Reports on dispensaries and lunatic asylums in the Province of Oudh - 1869-1876
Year: 1869
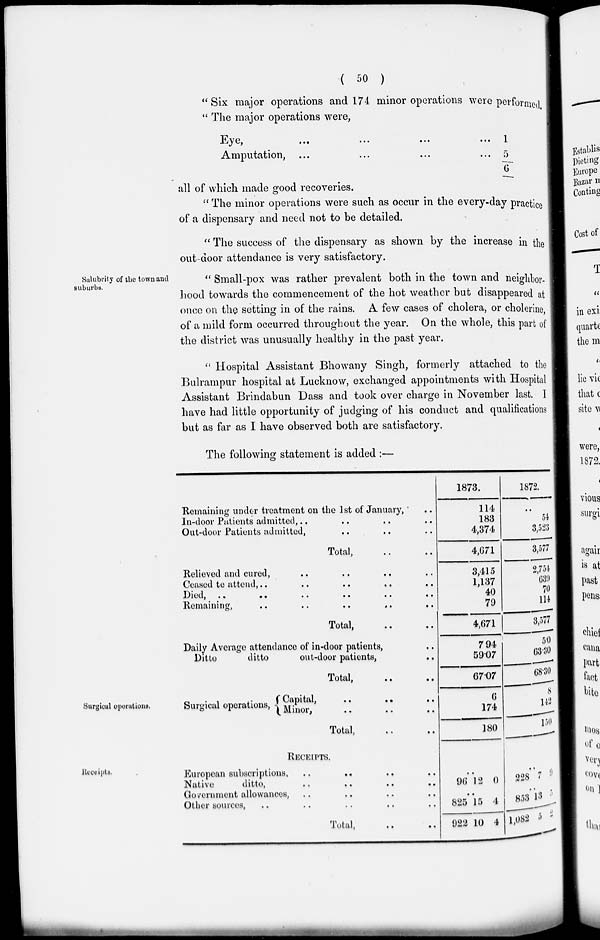
( 50 )
" Six major operations and 174 minor operations were performed.
" The major operations were,
Eye
,
...
...
...
...
Amputation, ... ... ... ...
1
5
6
all of which made good recoveries.
" The minor operations were such as occur in the every-day practice
of a dispensary and need not to be detailed.
" The success of the dispensary as shown by the increase in the
out-door attendance is very satisfactory.
Salubrity of the town and
suburbs.
" Small-pox was rather prevalent both in the town and neighbor-
hood towards the commencement of the hot weather but disappeared at
once on the setting in of the rains. A few cases of cholera, or cholerine,
of a mild form occurred throughout the year. On the whole, this part of
the district was unusually healthy in the past year.
" Hospital Assistant Bhowany Singh, formerly attached to the
Bulrampur hospital at Lucknow, exchanged appointments with Hospital
Assistant Brindabun Dass and took over charge in November last. I
have had little opportunity of judging of his conduct and qualifications
but as far as I have observed both are satisfactory.
The following statement is added :—
Surgical operations.
Remaining under treatment on the 1st of January, ..
In-door Patients admitted, .. .. .. ..
Out-door Patients admitted, .. .. .. ..
Total, .. ..
Relieved and cured, .. .. .. ..
Ceased to attend , .. .. .. ..
Died
,
..
..
..
..
..
..
Remaining, .. .. .. .. ..
Total, .. ..
Daily Average attendance of in-door patients , ..
Ditto
ditto
out-door patients, ..
Total, .. ..
Surgical operations, Capital,
..
..
..
Minor, .. .. ..
Total, .. ..
1873.
114
183
4,374
4,671
3,415
1,137
40
79
4,671
7 .94
59.07
67.07
6
174
180
1872.
..
54
3,523
3,577
2,754
639
70
114
3,577
5. 0
63.30
68.30
8
142
150
Receipts.
RECEIPTS.
European subscriptions, .. .. ..
Native
ditto, .. .. ..
Government allowances, .. .. ..
Other sources, .. .. .. ..
Total,
..
..
..
96 12 0
..
825
922
15
10
4
4
..
228 7 9
..
853
1,082
13
5
5
2